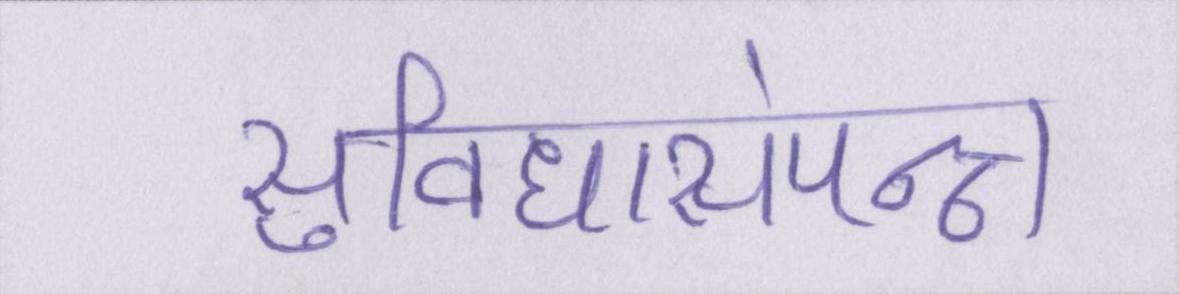
सुविधासंपन्न